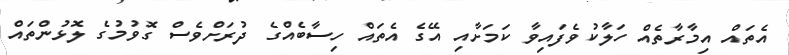
އެތައް އިމާރާތެއް ހަލާކުވެފައިވާ ކަމަށާއި އޭގެ އެތައް ހިސާބެއްގެ ދުރަށްވެސް ގޮވުމުގެ ލޮޅުންތައް